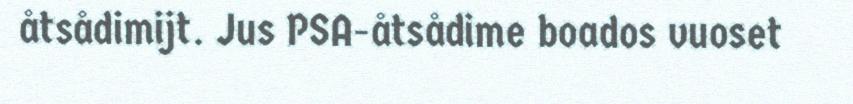
åtsådimijt. Jus PSA-åtsådime boados vuoset